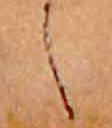
し